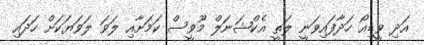
އަދި ވީޑިއޯ ހަދާފައިވަނީ ލަތީ އެކްޝަނަލް މޫވީސް ކަމަށާއި ލަވަ ލަވަޔަކަށް ހަދައި